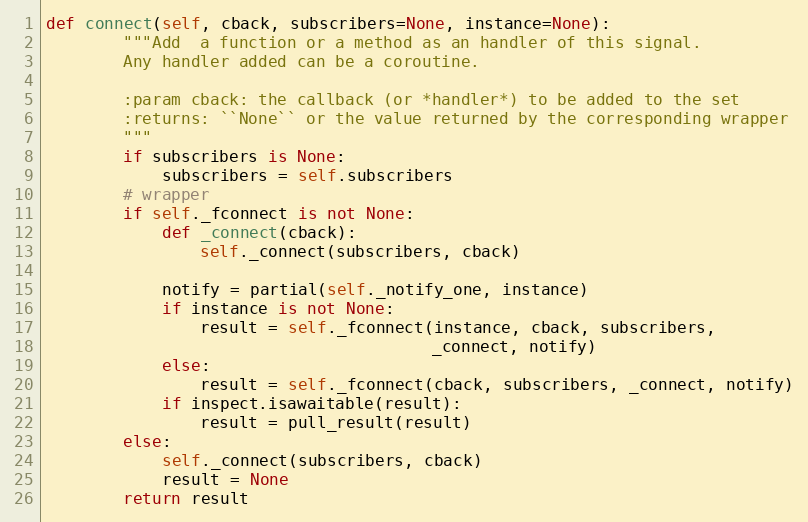
Language: Python
def connect(self, cback, subscribers=None, instance=None):
        """Add  a function or a method as an handler of this signal.
        Any handler added can be a coroutine.

        :param cback: the callback (or *handler*) to be added to the set
        :returns: ``None`` or the value returned by the corresponding wrapper
        """
        if subscribers is None:
            subscribers = self.subscribers
        # wrapper
        if self._fconnect is not None:
            def _connect(cback):
                self._connect(subscribers, cback)

            notify = partial(self._notify_one, instance)
            if instance is not None:
                result = self._fconnect(instance, cback, subscribers,
                                        _connect, notify)
            else:
                result = self._fconnect(cback, subscribers, _connect, notify)
            if inspect.isawaitable(result):
                result = pull_result(result)
        else:
            self._connect(subscribers, cback)
            result = None
        return result